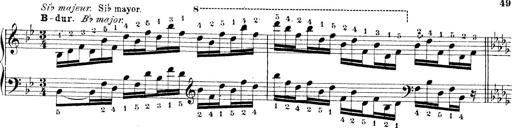
Title: Technische Studien
Composer: Franz Liszt